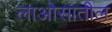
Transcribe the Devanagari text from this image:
लाओसातील